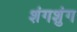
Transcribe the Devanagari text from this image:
शंगशुंग